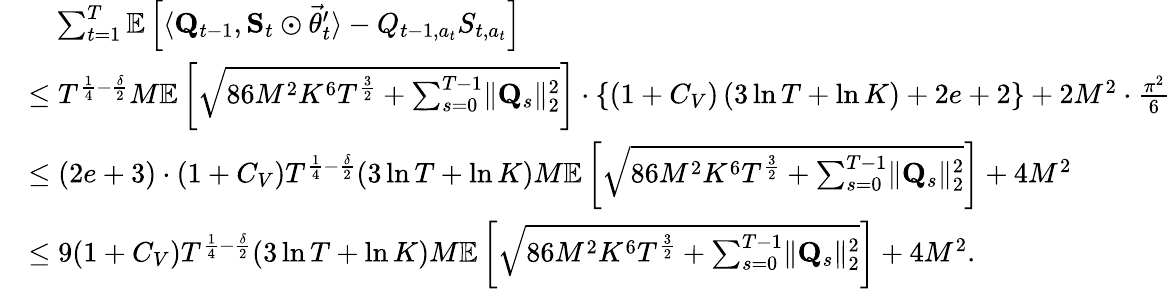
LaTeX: \begin{array}{rl}&{\quad\sum_{t=1}^{T}\mathbb E\left[\langle\mathbf Q_{t-1},\mathbf S_{t}\odot\vec{\theta}_{t}^{\prime}\rangle-Q_{t-1,a_{t}}S_{t,a_{t}}\right]}\\ &{\le T^{\frac 14-\frac\delta 2}M\mathbb E\left[\sqrt{86M^{2}K^{6}T^{\frac 32}+\sum_{s=0}^{T-1}\lVert\mathbf Q_{s}\rVert_{2}^{2}}\right]\cdot\left\{ \left(1+C_{V}\right)\left(3\ln T+\ln K\right)+2e+2\right\} +2M^{2}\cdot\frac{\pi^{2}}6}\\ &{\le(2e+3)\cdot(1+C_{V})T^{\frac 14-\frac\delta 2}(3\ln T+\ln K)M\mathbb E\left[\sqrt{86M^{2}K^{6}T^{\frac 32}+\sum_{s=0}^{T-1}\lVert\mathbf Q_{s}\rVert_{2}^{2}}\right]+4M^{2}}\\ &{\le 9(1+C_{V})T^{\frac 14-\frac\delta 2}(3\ln T+\ln K)M\mathbb E\left[\sqrt{86M^{2}K^{6}T^{\frac 32}+\sum_{s=0}^{T-1}\lVert\mathbf Q_{s}\rVert_{2}^{2}}\right]+4M^{2}.}\end{array}